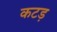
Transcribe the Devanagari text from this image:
कटड़